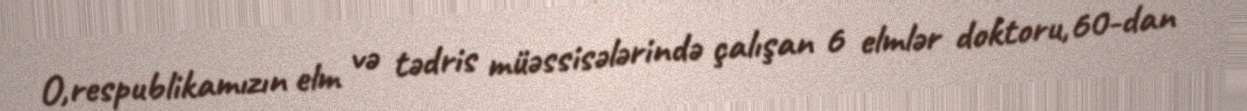
O,respublikamızın elm və tədris müəssisələrində çalışan 6 elmlər doktoru,60-dan